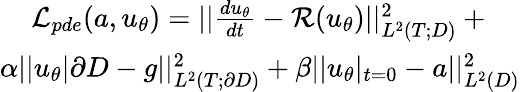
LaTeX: \begin{array}{r}{\mathcal{L}_{pde}(a,u_{\theta})=||\frac{du_{\theta}}{dt}-\mathcal{R}(u_{\theta})||_{L^{2}(T;D)}^{2}+~~~~}\\ {\alpha||u_{\theta}|\partial D-g||_{L^{2}(T;\partial D)}^{2}+\beta||u_{\theta}|_{t=0}-a||_{L^{2}(D)}^{2}}\end{array}